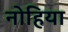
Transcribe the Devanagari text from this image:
नोहिया